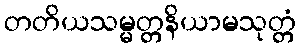
တတိယသမ္မတ္တနိယာမသုတ္တံ